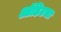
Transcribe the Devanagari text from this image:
ऑडिटचा